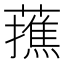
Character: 𮒝